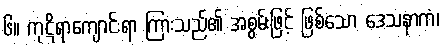
၆။ ကုဋိရာကျောင်းရာ ကြားသည်၏ အစွမ်းဖြင့် ဖြစ်သော ဒေသနာကံ၊